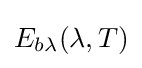
E_{b\lambda }(\lambda ,T)